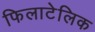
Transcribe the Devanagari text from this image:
फिलाटेलिक